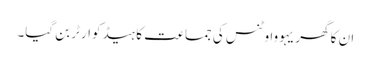
ان کا گھر یہووا وٹنس کی جماعت کا ہیڈکوارٹر بن گیا۔